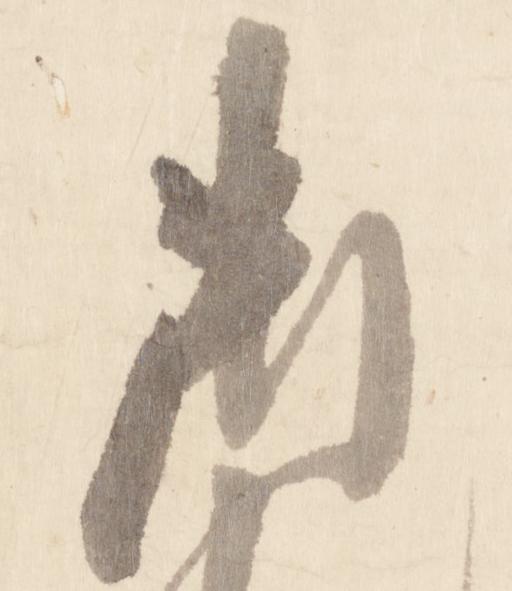
御